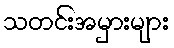
သတင်းအမှားများ